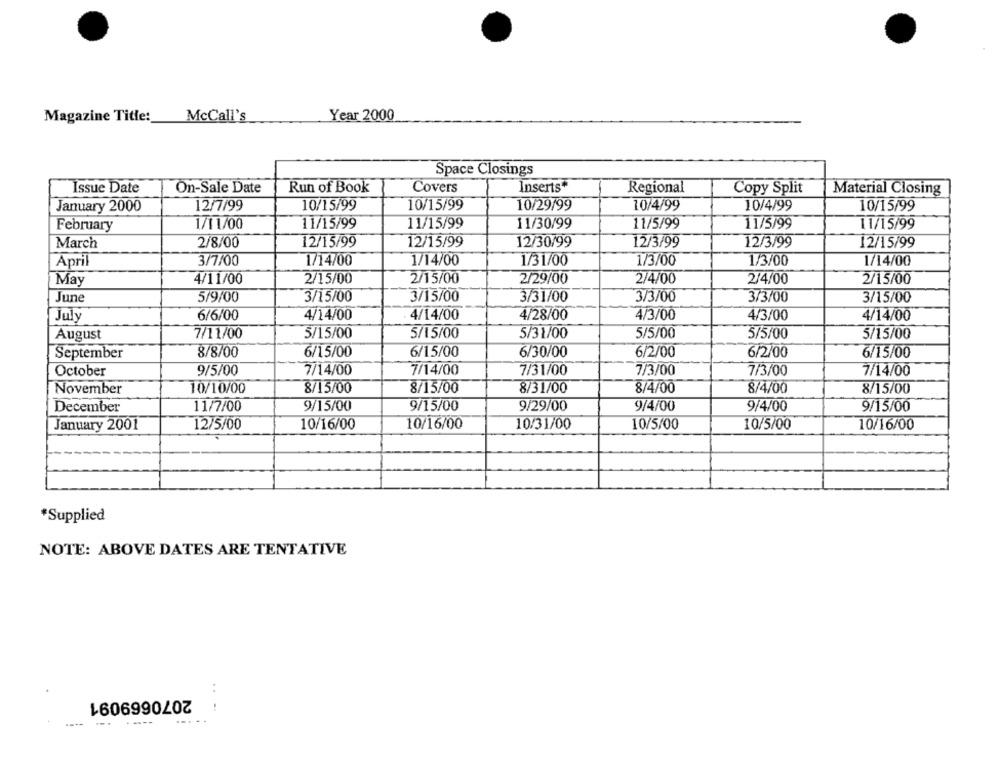
Magazine Title: McCall's
Year 2000
Space Closings
Issue Date
On-Sale Date
Run of Book
Covers
Inserts"
Regional
Copy Split
Material Closing
10/15/99
10/15/99
10/4/99
10/4/99
10/15/99
January 2000
12/7/99
10/29/99
February
1/11/00
11/15/99
11/15/99
11/30/99
11/5/99
11/5/99
11/15/99
March
2/8/00
12/15/99
12/15/99
12/30/99
12/3/99
12/3/99
12/15/99
April
3/7/00
1/14/00
1/14/00
1/31/00
1/3/00
1/3/00
1/14/00
May
4/11/00
2/15/00
2/15/00
2/29/00
2/4/00
2/4/00
2/15/00
5/9/00
3/15/00
3/3/00
June
3/15/00
3/31/00
3/3/00
3/15/00
July
6/6/00
4/14/00
4/14/00
4/28/00
4/3/00
4/3/00
4/14/00
August
7/11/00
5/15/00
5/15/00
5/31/00
5/5/00
5/5/00
5/15/00
September
8/8/00
6/15/00
6/15/00
6/30/00
6/2/00
6/2/00
6/15/00
October
9/5/00
7/14/00
7/14/00
7/31/00
7/3/00
7/3/00
7/14/00
10/10/00
8/15/00
8/15/00
8/31/00
8/4/00
November
8/4/00
8/15/00
December
11/7/00
9/15/00
9/15/00
9/29/00
9/4/00
9/4/00
9/15/00
January 2001
12/5/00
10/16/00
10/16/00
10/31/00
10/5/00
10/5/00
10/16/00
*Supplied
NOTE: ABOVE DATES ARE TENTATIVE
2070669091
....
----
.....